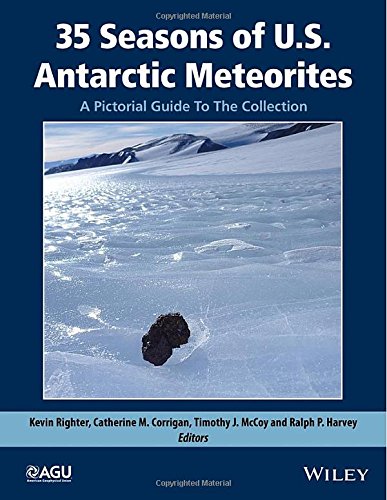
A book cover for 35 Seasons of U.S. Antarctic Meteorites (1976-2010): A Pictorial Guide To The Collection (Special Publications); Science & Math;